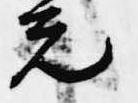
元